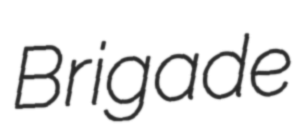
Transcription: Brigade